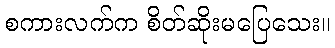
စကားလက်က စိတ်ဆိုးမပြေသေး။